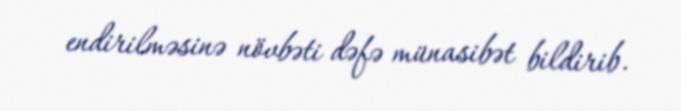
endirilməsinə növbəti dəfə münasibət bildirib.